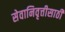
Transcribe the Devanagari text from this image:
सेवानिवृत्तीसाठी